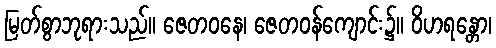
မြတ်စွာဘုရားသည်။ ဇေတဝနေ၊ ဇေတဝန်ကျောင်း၌။ ဝိဟရန္တော၊